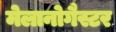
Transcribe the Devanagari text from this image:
मेलानोगैस्टर